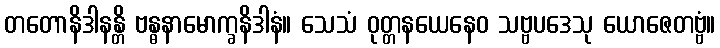
တတောနိဒါနန္တိ ဗန္ဓနာမောက္ခနိဒါနံ။ သေသံ ဝုတ္တနယေနေဝ သဗ္ဗပဒေသု ယောဇေတဗ္ဗံ။